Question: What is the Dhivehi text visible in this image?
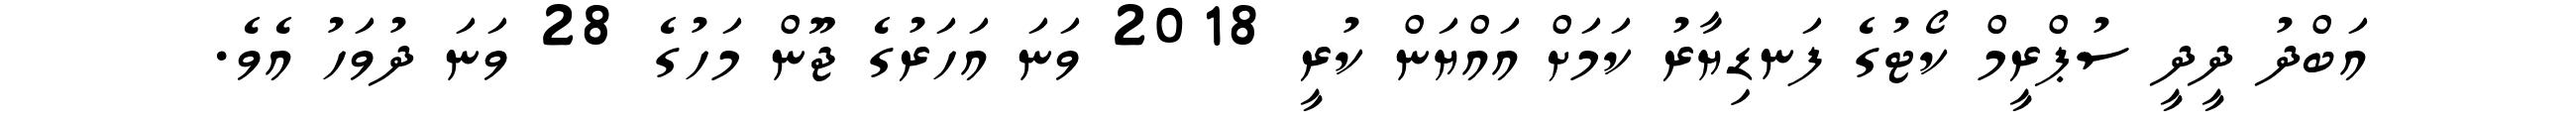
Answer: އަބްދު ދީދީ ސުޕްރީމް ކޯޓުގެ ފަނޑިޔާރު ކަމަށް އައްޔަން ކުރީ 2018 ވަނަ އަހަރުގެ ޖޫން މަހުގެ 28 ވަނަ ދުވަހު އެވެ.